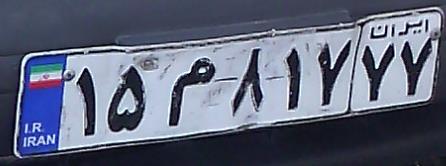
۱۵م۸۱۷۷۷